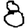
Digit: 8